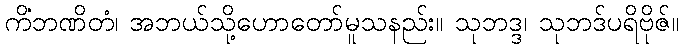
ကိံဘဏိတံ၊ အဘယ်သို့ဟောတော်မူသနည်း။ သုဘဒ္ဒ၊ သုဘဒ်ပရိဗိုဇ်။